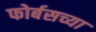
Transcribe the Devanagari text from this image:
फोर्बसच्या